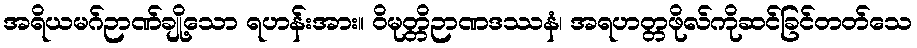
အရိယမဂ်ဉာဏ်ချို့သော ရဟန်းအား။ ဝိမုတ္တိဉာဏဒဿနံ၊ အရဟတ္တဖိုလ်ကိုဆင်ခြင်တတ်သေ